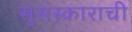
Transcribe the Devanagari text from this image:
सुसंस्काराची